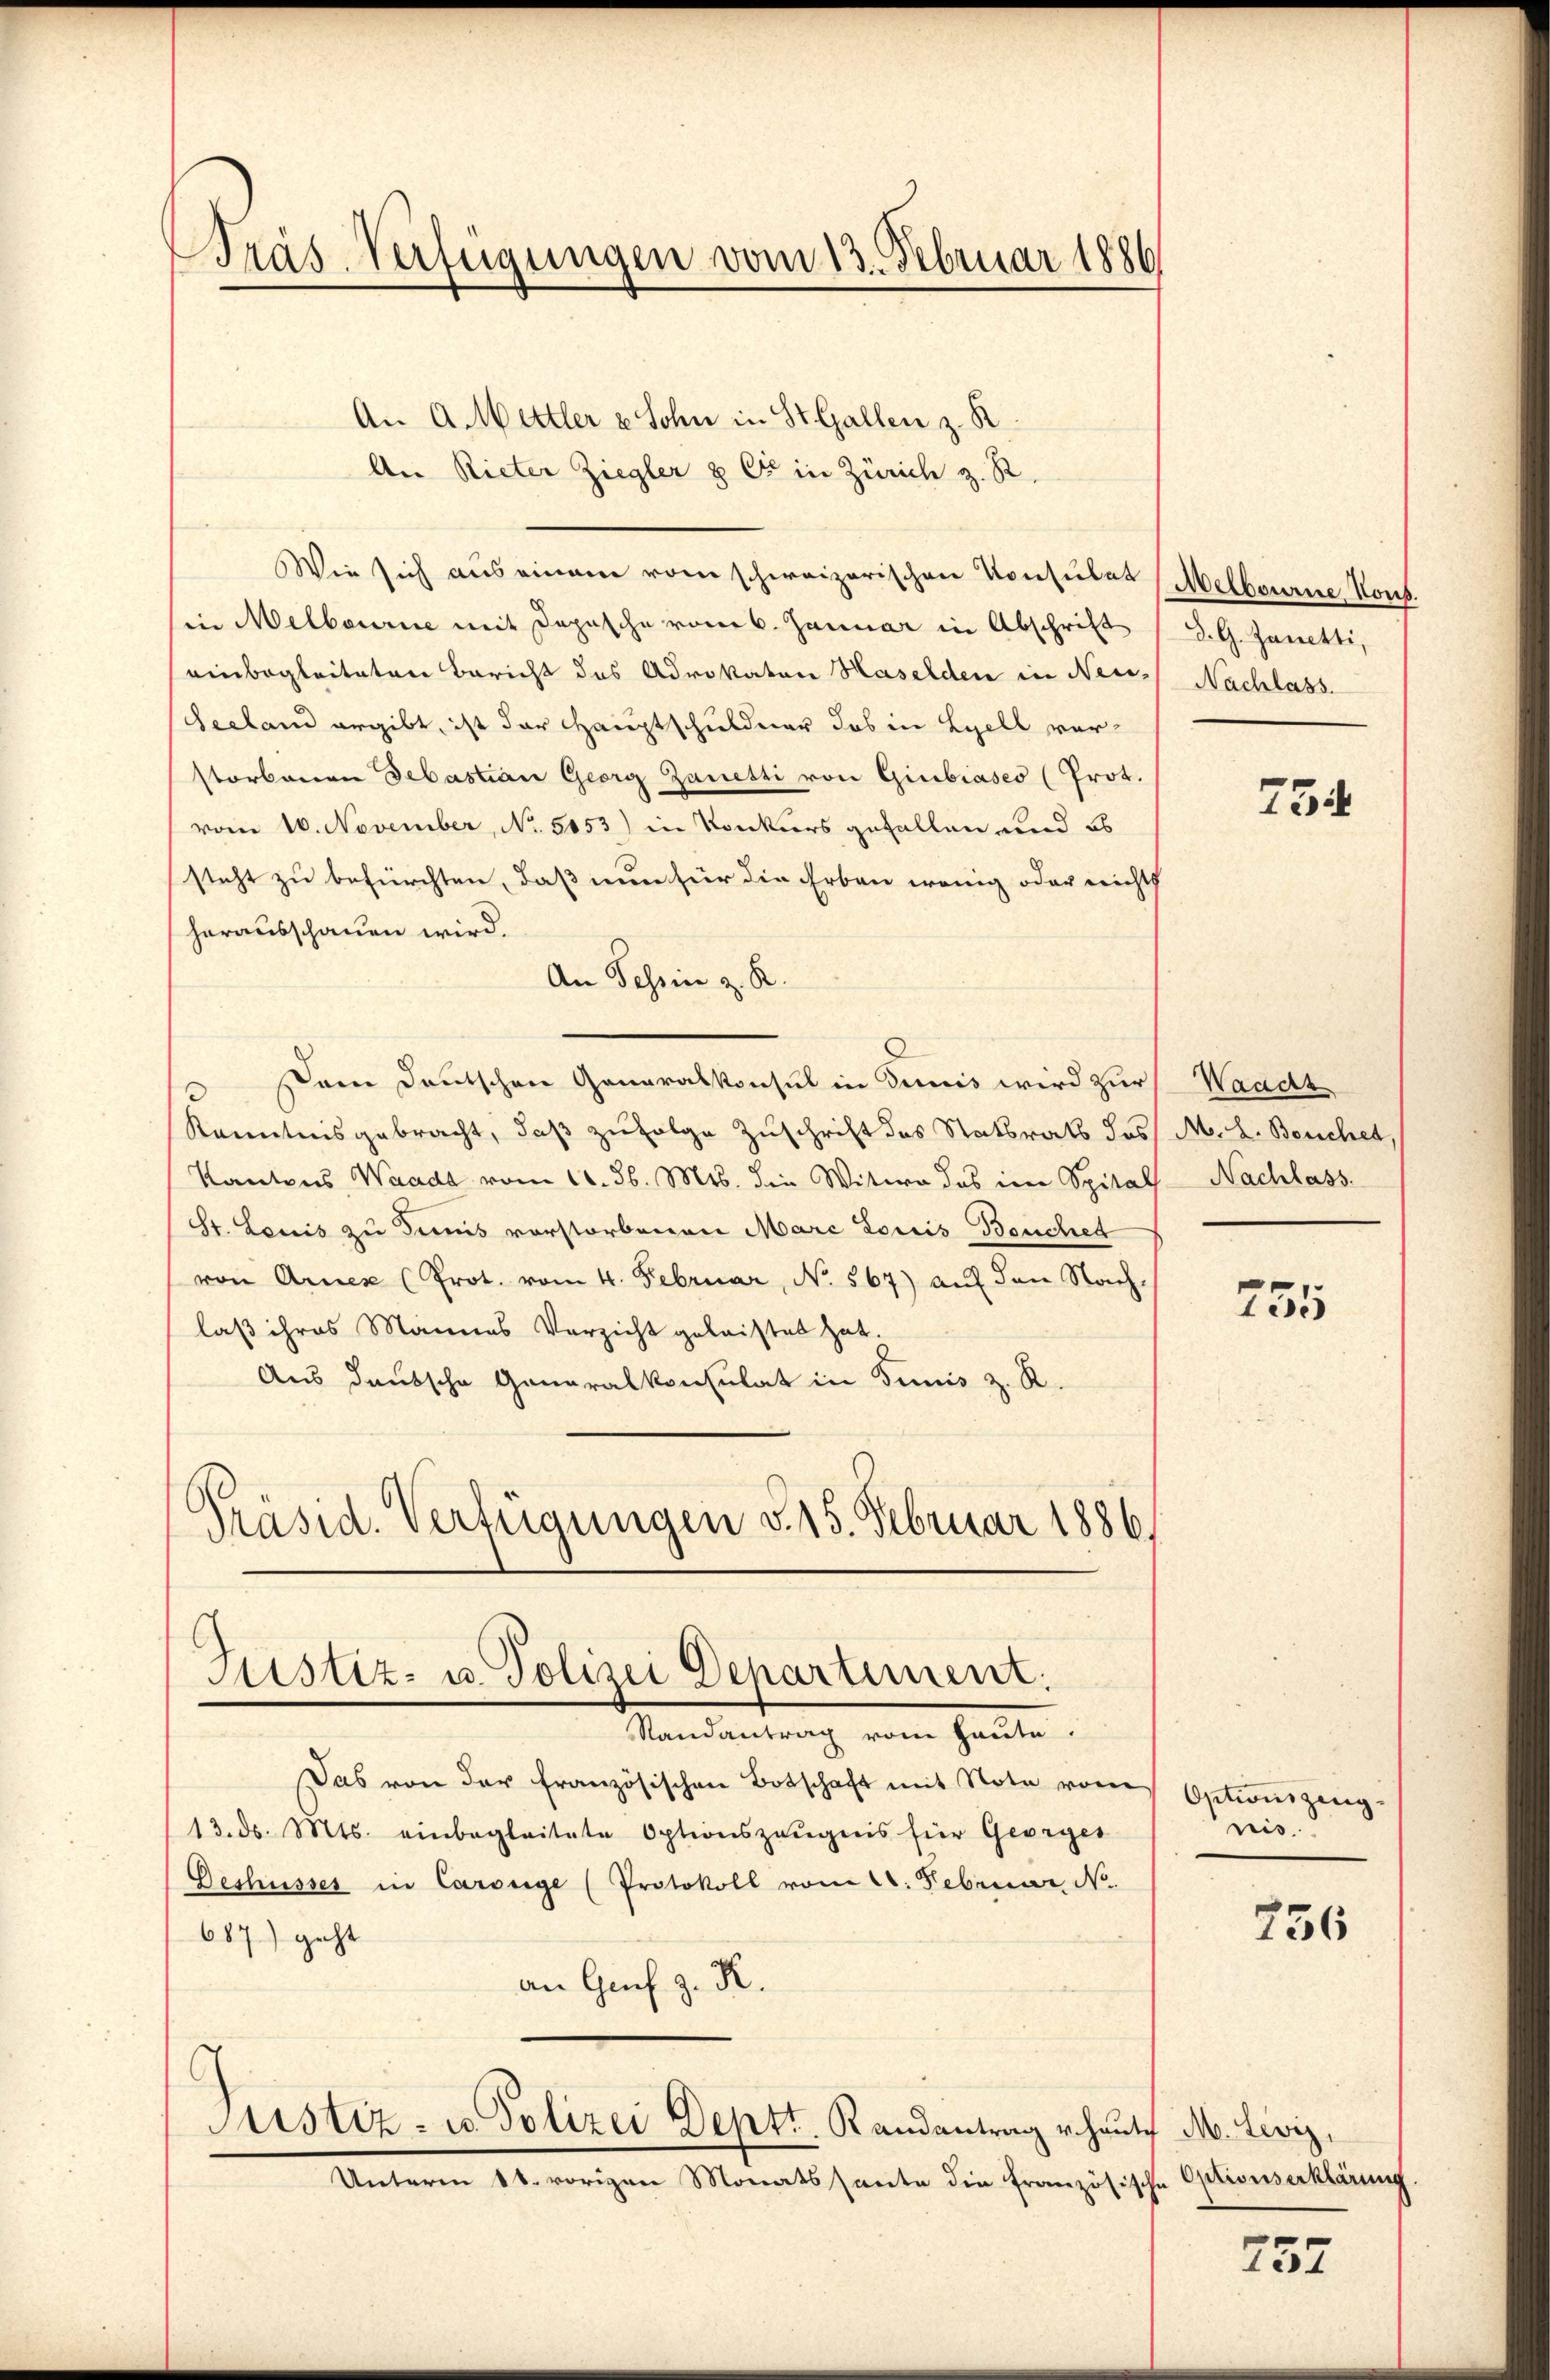
Präs. Verfügungen vom 13. Februar 1886

An A. Mettler & Sohn in St. Gallen z. R.
An Rieter Ziegler & Cie in Zürich z. R.
Wie sich aus einem vom schweizerischen Konsulat (Melbourne Kons.
sii Melbourne mit Dopische vom 6. Januar in Abschrift
einbegleiteten Bericht des Advokaten Haselden in Neu-
Seeland ergibt, ist der Hauptschuldner das in Lyell vorstorbenen Sebastian Georg Zanetti von Giubiases (Prot.
vom 10. November, No. 5053) in Konkurs gefallen und ob
steht zu befürchten, daß nun für die Erben wenig oder nichts
herausschauen wird.
An Tessin z. R.
 Dem Deutschen Generalkonsul in Tunis wird zur
Kenntnisgebracht, daß zufolge Zuschrift des Statsrath des
Kantons Waadt vom 1. 36. Mts. die Witwe das im Spital
St. Louis zu dimis vorstorbenen Marc Loris Bouches
von Armen (Prot. vom 4. Februar, No. 567) auf den Nach-
laß ihres Mannes Verzicht geleistet hat.
Aus deutsche Generalkonsulat in Tunis z. R.
Präsid. Verfügungen v. 15. Februar 1886.

Justiz- u. Polizei Departement.

Randantrag von Haute.
Das von der französischen Botschaft mit Note vom
13. ds. Mts. einbegleitete Optionszeugnis für Georges
Beshüsser in Carouge (Protokoll vom 24. Februar N
687) geht
an Genf z. R.
Justiz- u. Polizei Deptt. Randantrag v. Haute M. Leviz,
Unterm 11. vorigen Monatssante die französische Optionserklärung

d. G. Janetti,
Nachlass.

754

Waadt
M. L. Besichet,
Nachlass.

255

Optionszeugnis.

736

757